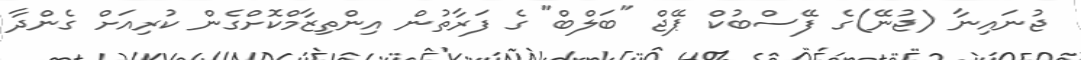
ޖުނައިނާ (ޖުނޭ)ގެ ފޭސްބުކް ޕޭޖް "ބަލްބް" ގެ ފަރާތުން އިންތިޒާމްކޮށްގެން ކުރިއަށް ގެންދާ